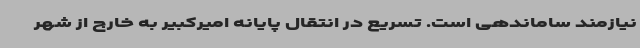
نیازمند ساماندهی است. تسریع در انتقال پایانه امیرکبیر به خارج از شهر